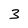
Character: 3